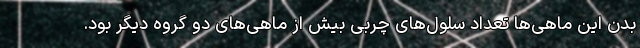
بدن این ماهی‌ها تعداد سلول‌های چربی بیش از ماهی‌های دو گروه دیگر بود.